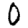
Digit: 0